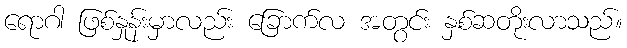
ရောဂါ ဖြစ်နှုန်းမှာလည်း ခြောက်လ အတွင်း နှစ်ဆတိုးလာသည်။